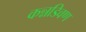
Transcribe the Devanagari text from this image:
कन्नडिवण